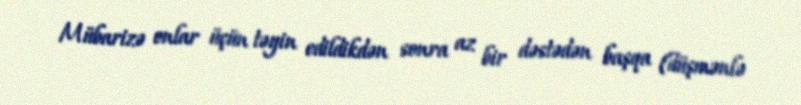
Mübarizə onlar üçün təyin edildikdən sonra az bir dəstədən başqa (düşmənlə